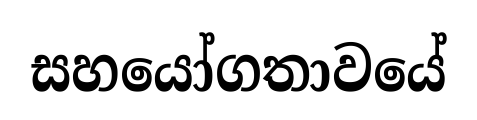
සහයෝගතාවයේ